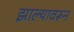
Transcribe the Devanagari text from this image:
झाल्यावरून